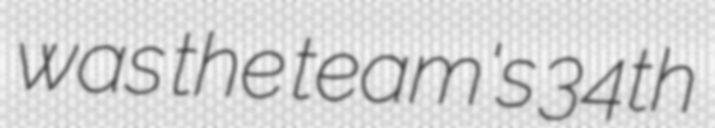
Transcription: was the team's 34th